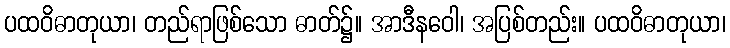
ပထဝိဓာတုယာ၊ တည်ရာဖြစ်သော ဓာတ်၌။ အာဒီနဝေါ၊ အပြစ်တည်း။ ပထဝိဓာတုယာ၊